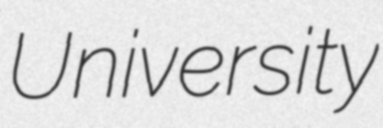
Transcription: University